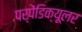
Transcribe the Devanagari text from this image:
पर्पेंडिक्यूलर